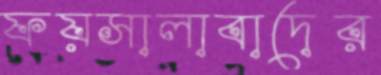
ফয়সালাবাদের